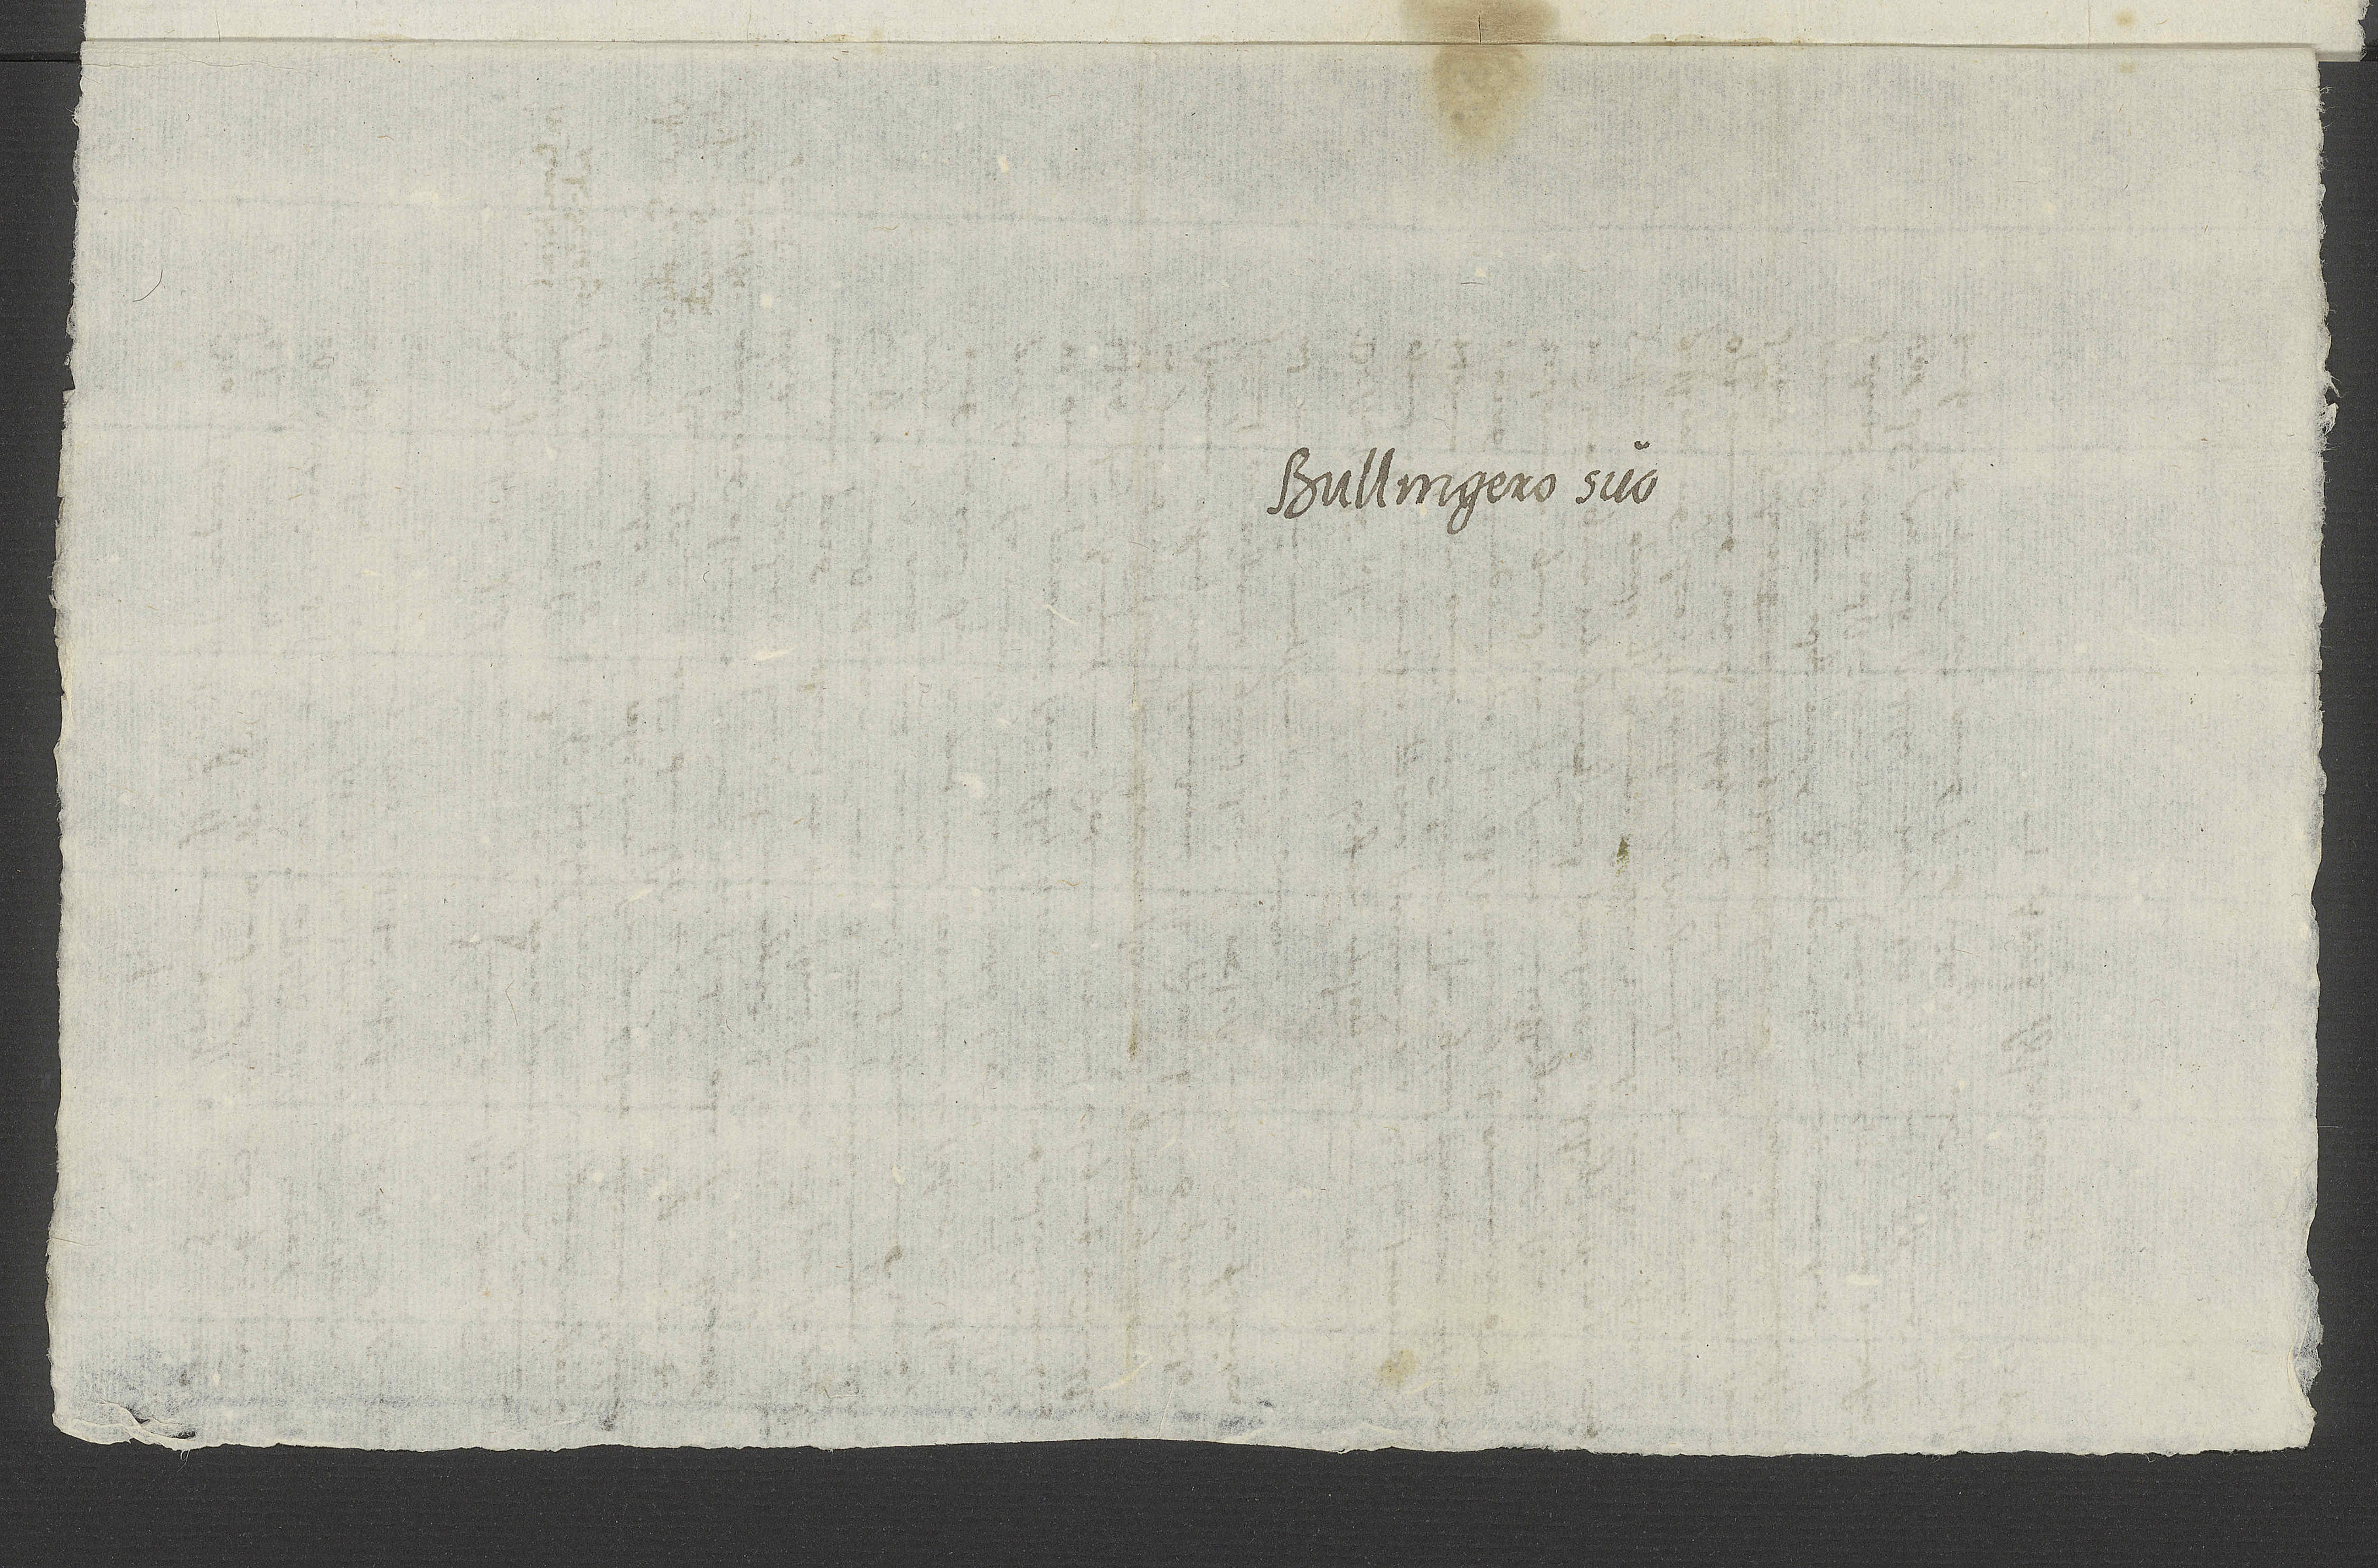
Bullingero suo.